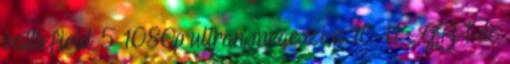
battlefield 5 1080p ultran megeszi a 10-11 GB-t de